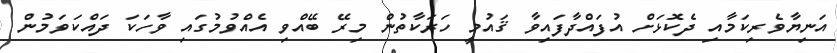
އަނިޔާވެރިކަމާއި ދެކޮޅަށް އުފައްދާފައިވާ ޤައުމީ ހަރަކާތުން މިރޭ ބޭއްވި އެއްވުމުގައި ވާހަކަ ދައްކަވަމުން